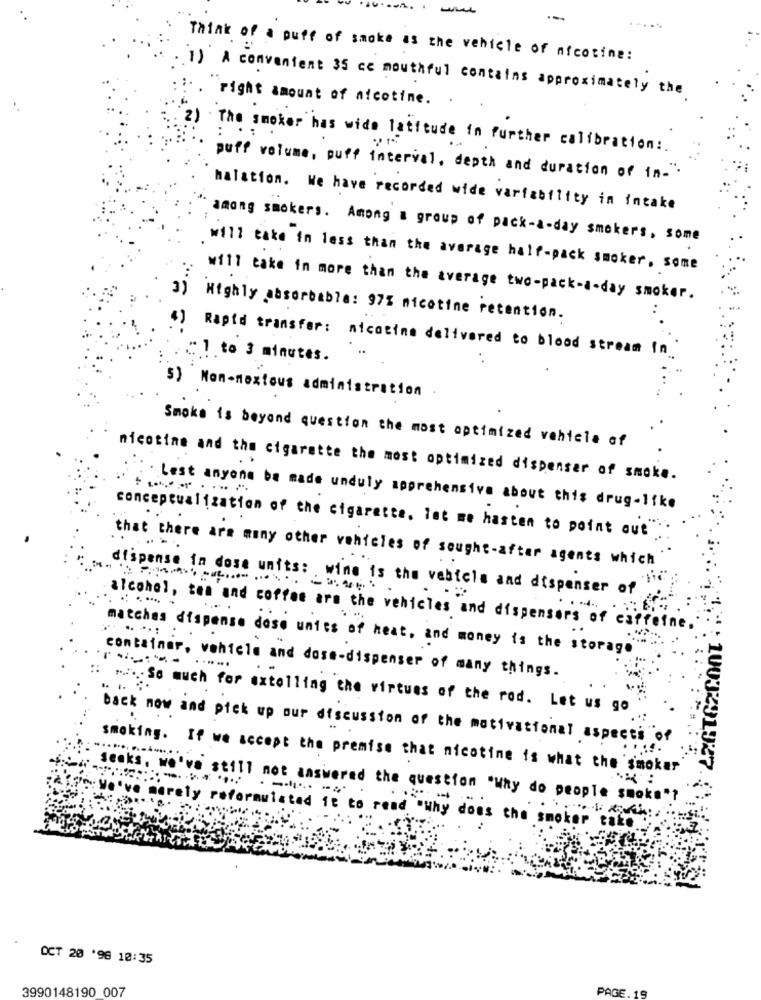
Think of a puff of smoke as the vehicle of nicotine:
.1) A convenient 35 cc mouthful contains approximately the
. right amount of nicotine.
2) The smoker has wide latitude in Further calibration :.
puff volume, puff interval, depth and duration of in-"
halation. We have recorded wide variability in intake
among smokers. Among a group of pack-a-day smokers, some
will take in less than the average half-pack smoker, some
:...
will take in more than the average two-pack-a-day smoker.
3) Highly absorbable: 97% nicotine retention.
") Rapid transfer: nicotine delivered to blood stream in.
C1 to 3 minutes.
5) Mon-noxious administration
Smoke is beyond question the most optimized vehicle of
nicotine and the cigarette the most optimized dispenser of smoke.
Lest anyone be made unduly apprehensive about this drug-like
conceptualization of the cigarette. let me hasten to point out
that there are many other vehicles of sought-after agents which
dispense in dose units: wine is the vehicle and dispenser of ""
alcohol, ten and coffee are the vehicles and dispensers of caffeine .
......: :.
matches dispense dose units of heat, and money is the storage
::
container, vehicle and dose-dispenser of many things.
. .. ..
1003
" .... So much for extelling the virtues of the rod. Let us go
back now and pick up our discussion of the motivational aspects of
27
smoking. If we accept the premise that nicotine is what the smoker
.. :
Becks. we've still not answered the question "Why do people smoke"?
in We've marely reformulated it to read "why does the smoke" .
OCT 20 '98 10:35
3990148190 007
PAGE. 1